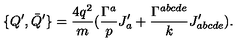
\{ Q ^ { \prime } , \bar { Q } ^ { \prime } \} = \frac { 4 q ^ { 2 } } { m } ( \frac { \Gamma ^ { a } } { p } J _ { a } ^ { \prime } + \frac { \Gamma ^ { a b c d e } } { k } J _ { a b c d e } ^ { \prime } ) .